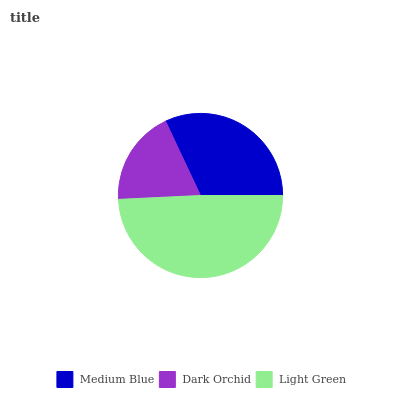
| Medium Blue | Dark Orchid | Light Green |
 | --- | --- | --- |
 | 32% | 18.8% | 49.2% |